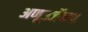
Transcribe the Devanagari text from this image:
अणूउर्जेच्या